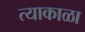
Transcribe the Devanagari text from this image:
त्याकाळा